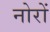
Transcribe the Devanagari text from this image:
नोरों